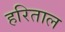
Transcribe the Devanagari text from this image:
हरिताल